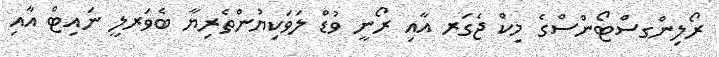
ރޯލިންގސްޓޯންސްގެ މިކް ޖެގަރ އާއި ރޯނީ ވުޑް ލަވަކިޔުންތެރިޔާ ބެވަރލީ ނައިޓް އާއި